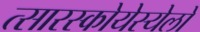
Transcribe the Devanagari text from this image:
त्सारस्कोयेस्येलो